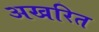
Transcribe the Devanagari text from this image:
अखरित